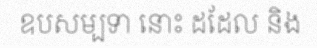
ឧបសម្បទា នោះ ដដែល និង